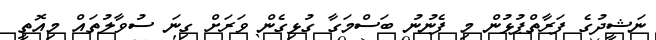
ނަޝީދުގެ ފަރާތްޕުޅުން މި ފެނުނު ބަސްމަގާ ގުޅިގެން ވަރަށް ގިނަ ސުވާލުތައް މިއޮތީ